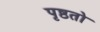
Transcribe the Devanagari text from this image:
पृष्ठतो